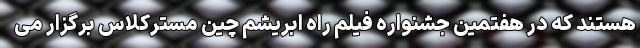
هستند که در هفتمین جشنواره فیلم راه ابریشم چین مسترکلاس برگزار می